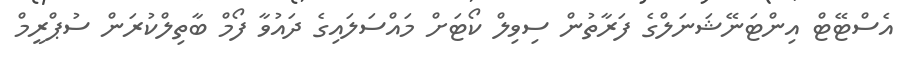
އެސްޓޭޓް އިންޓަނޭޝަނަލްގެ ފަރާތުން ސިވިލް ކޯޓަށް މައްސަލައިގެ ދައުވާ ފޯމް ބާތިލްކުރަން ސުޕްރީމް